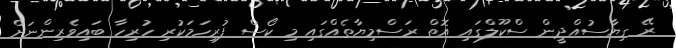
ރޭ ގިޔާސުއްދީން ސްކޫލްގައި އޮތް ރަސްމިޔާތެއްގައި މި ކޯސް ފުރިހަމަކުރި ހުރިހާ ބައިވެރިންނަށް